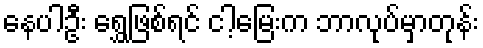
နေပါဦး ရွှေဖြစ်ရင် ငါ့မြေးက ဘာလုပ်မှာတုန်း